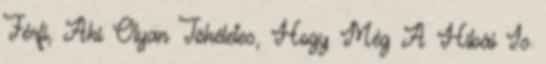
Férfi, Aki Olyan Tökéletes, Hogy Még A Hibái Is